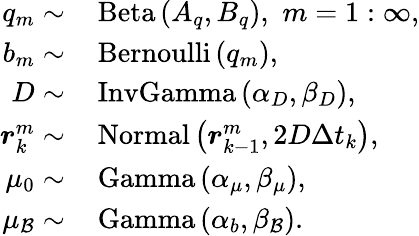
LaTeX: \begin{array}{rl}{q_{m}\sim}&{{}\, \mathrm{Beta}\left(A_{q},B_{q}\right),\, \, m=1:\infty,}\\ {b_{m}\sim}&{{}\, \mathrm{Bernoulli}\left(q_{m}\right),}\\ {D\sim}&{{}\, \mathrm{InvGamma}\left(\alpha_{D},\beta_{D}\right),}\\ {\boldsymbol{r}_{k}^{m}\sim}&{{}\, \mathrm{Normal}\left(\boldsymbol{r}_{k-1}^{m},2D\Delta t_{k}\right),}\\ {\mu_{0}\sim}&{{}\, \mathrm{Gamma}\left(\alpha_{\mu},\beta_{\mu}\right),}\\ {\mu_{\mathcal{B}}\sim}&{{}\, \mathrm{Gamma}\left(\alpha_{b},\beta_{\mathcal{B}}\right).}\end{array}